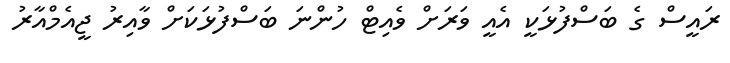
ރައީސް ގެ ބަސްފުޅަކީ އެއީ ވަރަށް ވެއިޓް ހުންނަ ބަސްފުޅަކަށް ވާއިރު ޖީއެމްއާރު